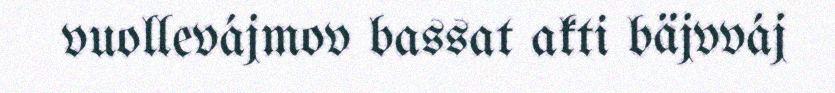
vuollevájmov bassat akti bäjvváj